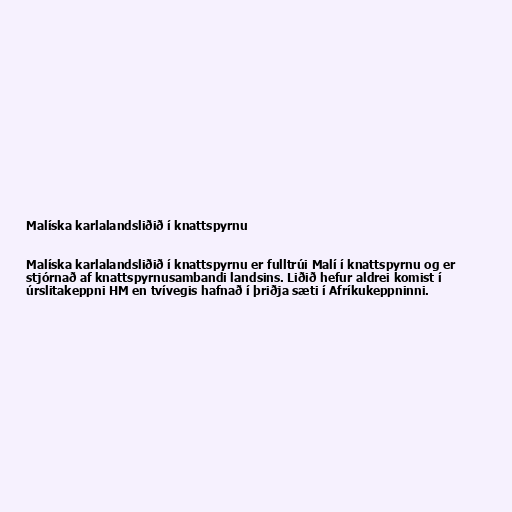
Malíska karlalandsliðið í knattspyrnu

Malíska karlalandsliðið í knattspyrnu er fulltrúi Malí í knattspyrnu og er
stjórnað af knattspyrnusambandi landsins. Liðið hefur aldrei komist í
úrslitakeppni HM en tvívegis hafnað í þriðja sæti í Afríkukeppninni.